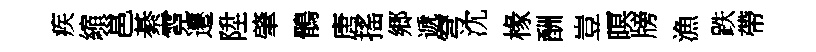
疾縮邕綦霓遷陞肇鶻唐搖郷遞穹沈椽酬豈暝牓漁跌帶